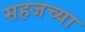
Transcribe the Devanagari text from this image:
सहजच्या